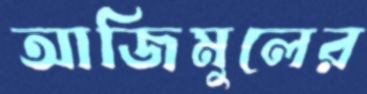
আজিমুলের